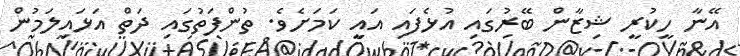
އޭނާ ހީކުރީ ޝިޒާން ބޭރުގައި އުޅެފައި އައީ ކަމަށެވެ. ތުންފަތުގައި ދަތް އަޅައިލަމުން